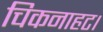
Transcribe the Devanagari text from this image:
चिकनाहट।